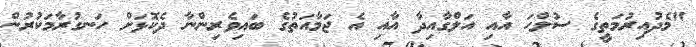
"މެދުއިރުމަތީގެ ސުލްހަ އާއި އަލްގާއިދާ އާއި އެ ޖަމާއަތުގެ ބައިވެރިންނާ ދެކޮޅަށް ހަނގުރާމަކުރުން